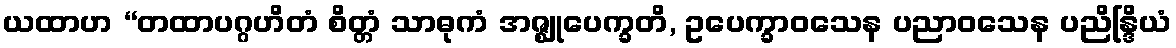
ယထာဟ “တထာပဂ္ဂဟိတံ စိတ္တံ သာဓုကံ အဇ္ဈုပေက္ခတိ, ဥပေက္ခာဝသေန ပညာဝသေန ပညိန္ဒြိယံ